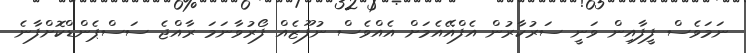
ނަމަވެސް ފީފާއިން ވަނީ ސަރުކާރުން އެފްއޭއެމަށް އެއްވެސް ނުފޫޒެއް ފޯރުވާނަމަ ރާއްޖެ ސަސްޕެންޑްކޮށްފާނެ